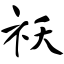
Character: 祆